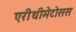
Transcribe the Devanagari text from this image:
एरीथीमेटोसस